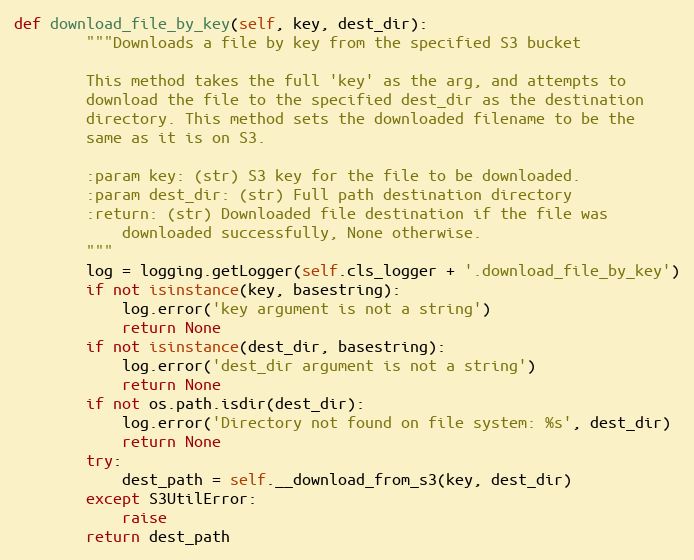
Language: Python
def download_file_by_key(self, key, dest_dir):
        """Downloads a file by key from the specified S3 bucket

        This method takes the full 'key' as the arg, and attempts to
        download the file to the specified dest_dir as the destination
        directory. This method sets the downloaded filename to be the
        same as it is on S3.

        :param key: (str) S3 key for the file to be downloaded.
        :param dest_dir: (str) Full path destination directory
        :return: (str) Downloaded file destination if the file was
            downloaded successfully, None otherwise.
        """
        log = logging.getLogger(self.cls_logger + '.download_file_by_key')
        if not isinstance(key, basestring):
            log.error('key argument is not a string')
            return None
        if not isinstance(dest_dir, basestring):
            log.error('dest_dir argument is not a string')
            return None
        if not os.path.isdir(dest_dir):
            log.error('Directory not found on file system: %s', dest_dir)
            return None
        try:
            dest_path = self.__download_from_s3(key, dest_dir)
        except S3UtilError:
            raise
        return dest_path